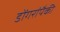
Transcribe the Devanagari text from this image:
डोंगरांपैकी